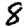
Digit: 8